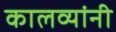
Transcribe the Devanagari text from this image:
कालव्यांनी